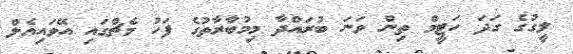
ލީގުގެ ގަދަ ހަޓީމް ތިން ވަނަ ބުރައްދާ މިމުބާރާތުގެ ފަހު މެޗްގައި އޭވައިއެލް